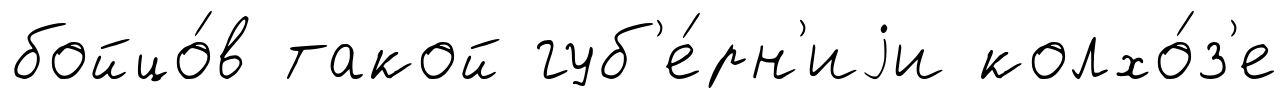
бойцо́в такой губ'е́рн'иjи колхо́з'е